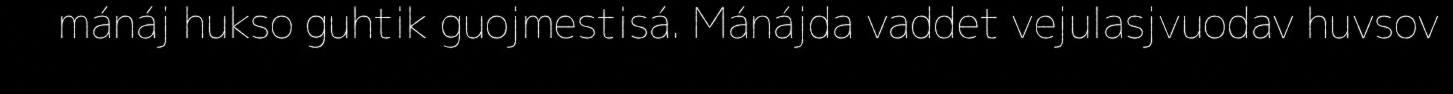
mánáj hukso guhtik guojmestisá. Mánájda vaddet vejulasjvuodav huvsov